Report of the Municipal Commissioner on the plague in Bombay for the year ending 31st May... - Volume 2
Disease focus: Plague
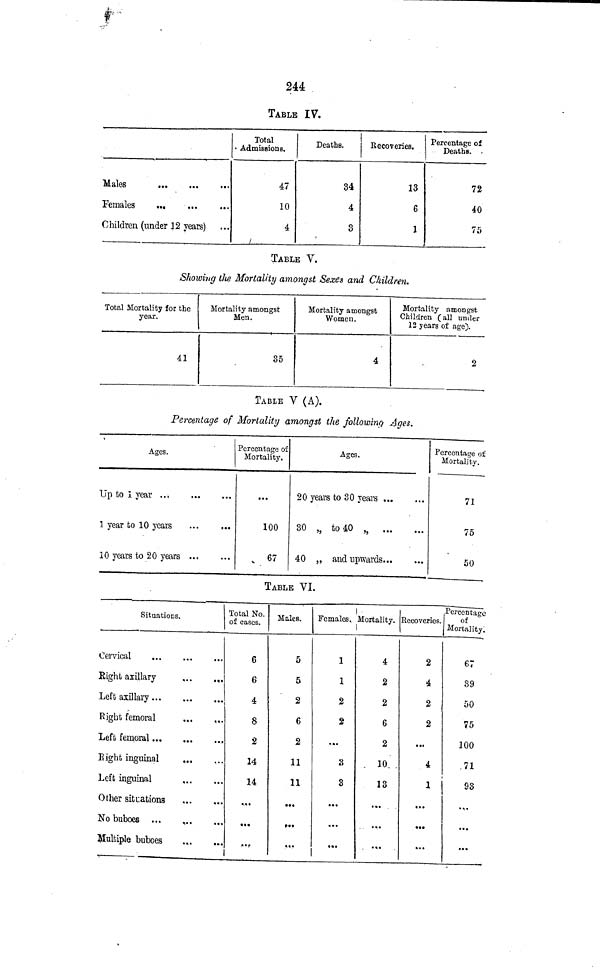
244
TABLE IV.
Males
Females
...
Children (under 12 years)
Total
• Admissions.
47
10
4
Deaths.
34
4
3
Recoveries.
13
6
1
Percentage of
Deaths. -
72
40
75
TABLE V.
Showing tlie Mortality amongst Sexes and Children,
Total Mortality for the
year.
41
Mortality amongst
Men.
85
Mortality amongst
Women.
4
Mortality amongst
Children (all umler
12 years of age).
2
TABLE V (A).
Percentage of Mortality amongst the following Ages.
Ages.
Up to I year ..;
1 year to 10 years
10 years to 20 years
Percentage of
Mortality.
...
100
67
Ages.
20 years to 30 years
30 „ to 40 „
40 „ and upwards
Percentage of
Mortality.
71
75
50
TABLE VI.
Situations.
Cervical
...
Right axillary
,..
.,.
Left axillary
Right femoral
.,.
,,.
Left femoral
Eight inguinal
...
,..
Left inguinal
Other situations
No buboes ...
,
Multiple buboes
Total No.
of cases.
6
6
4
8
2
14
14
...
«•?
1
Males.
5
5
2
6
2
11
11
...
»•»
„.
Females,
1
1
2
2
...
3
3
...
...
«••
Mortality.
4
2
2
6
2
10. .
13
• * •
...
... .^R
ecoveries.
2
4
2
2
...
4
1
...
«••
• • •
Percentage
of
Mortality:
67
39
50
75
100
.71
93
• ^«
...
...